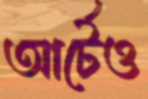
আর্টেও